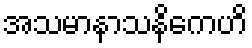
အသမာနာသနိကေဟိ